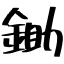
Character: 鋤